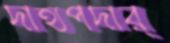
দাহ্যপদার্